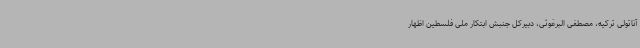
آناتولی ترکیه، مصطفی البرغوثی، دبیرکل جنبش ابتکار ملی فلسطین اظهار